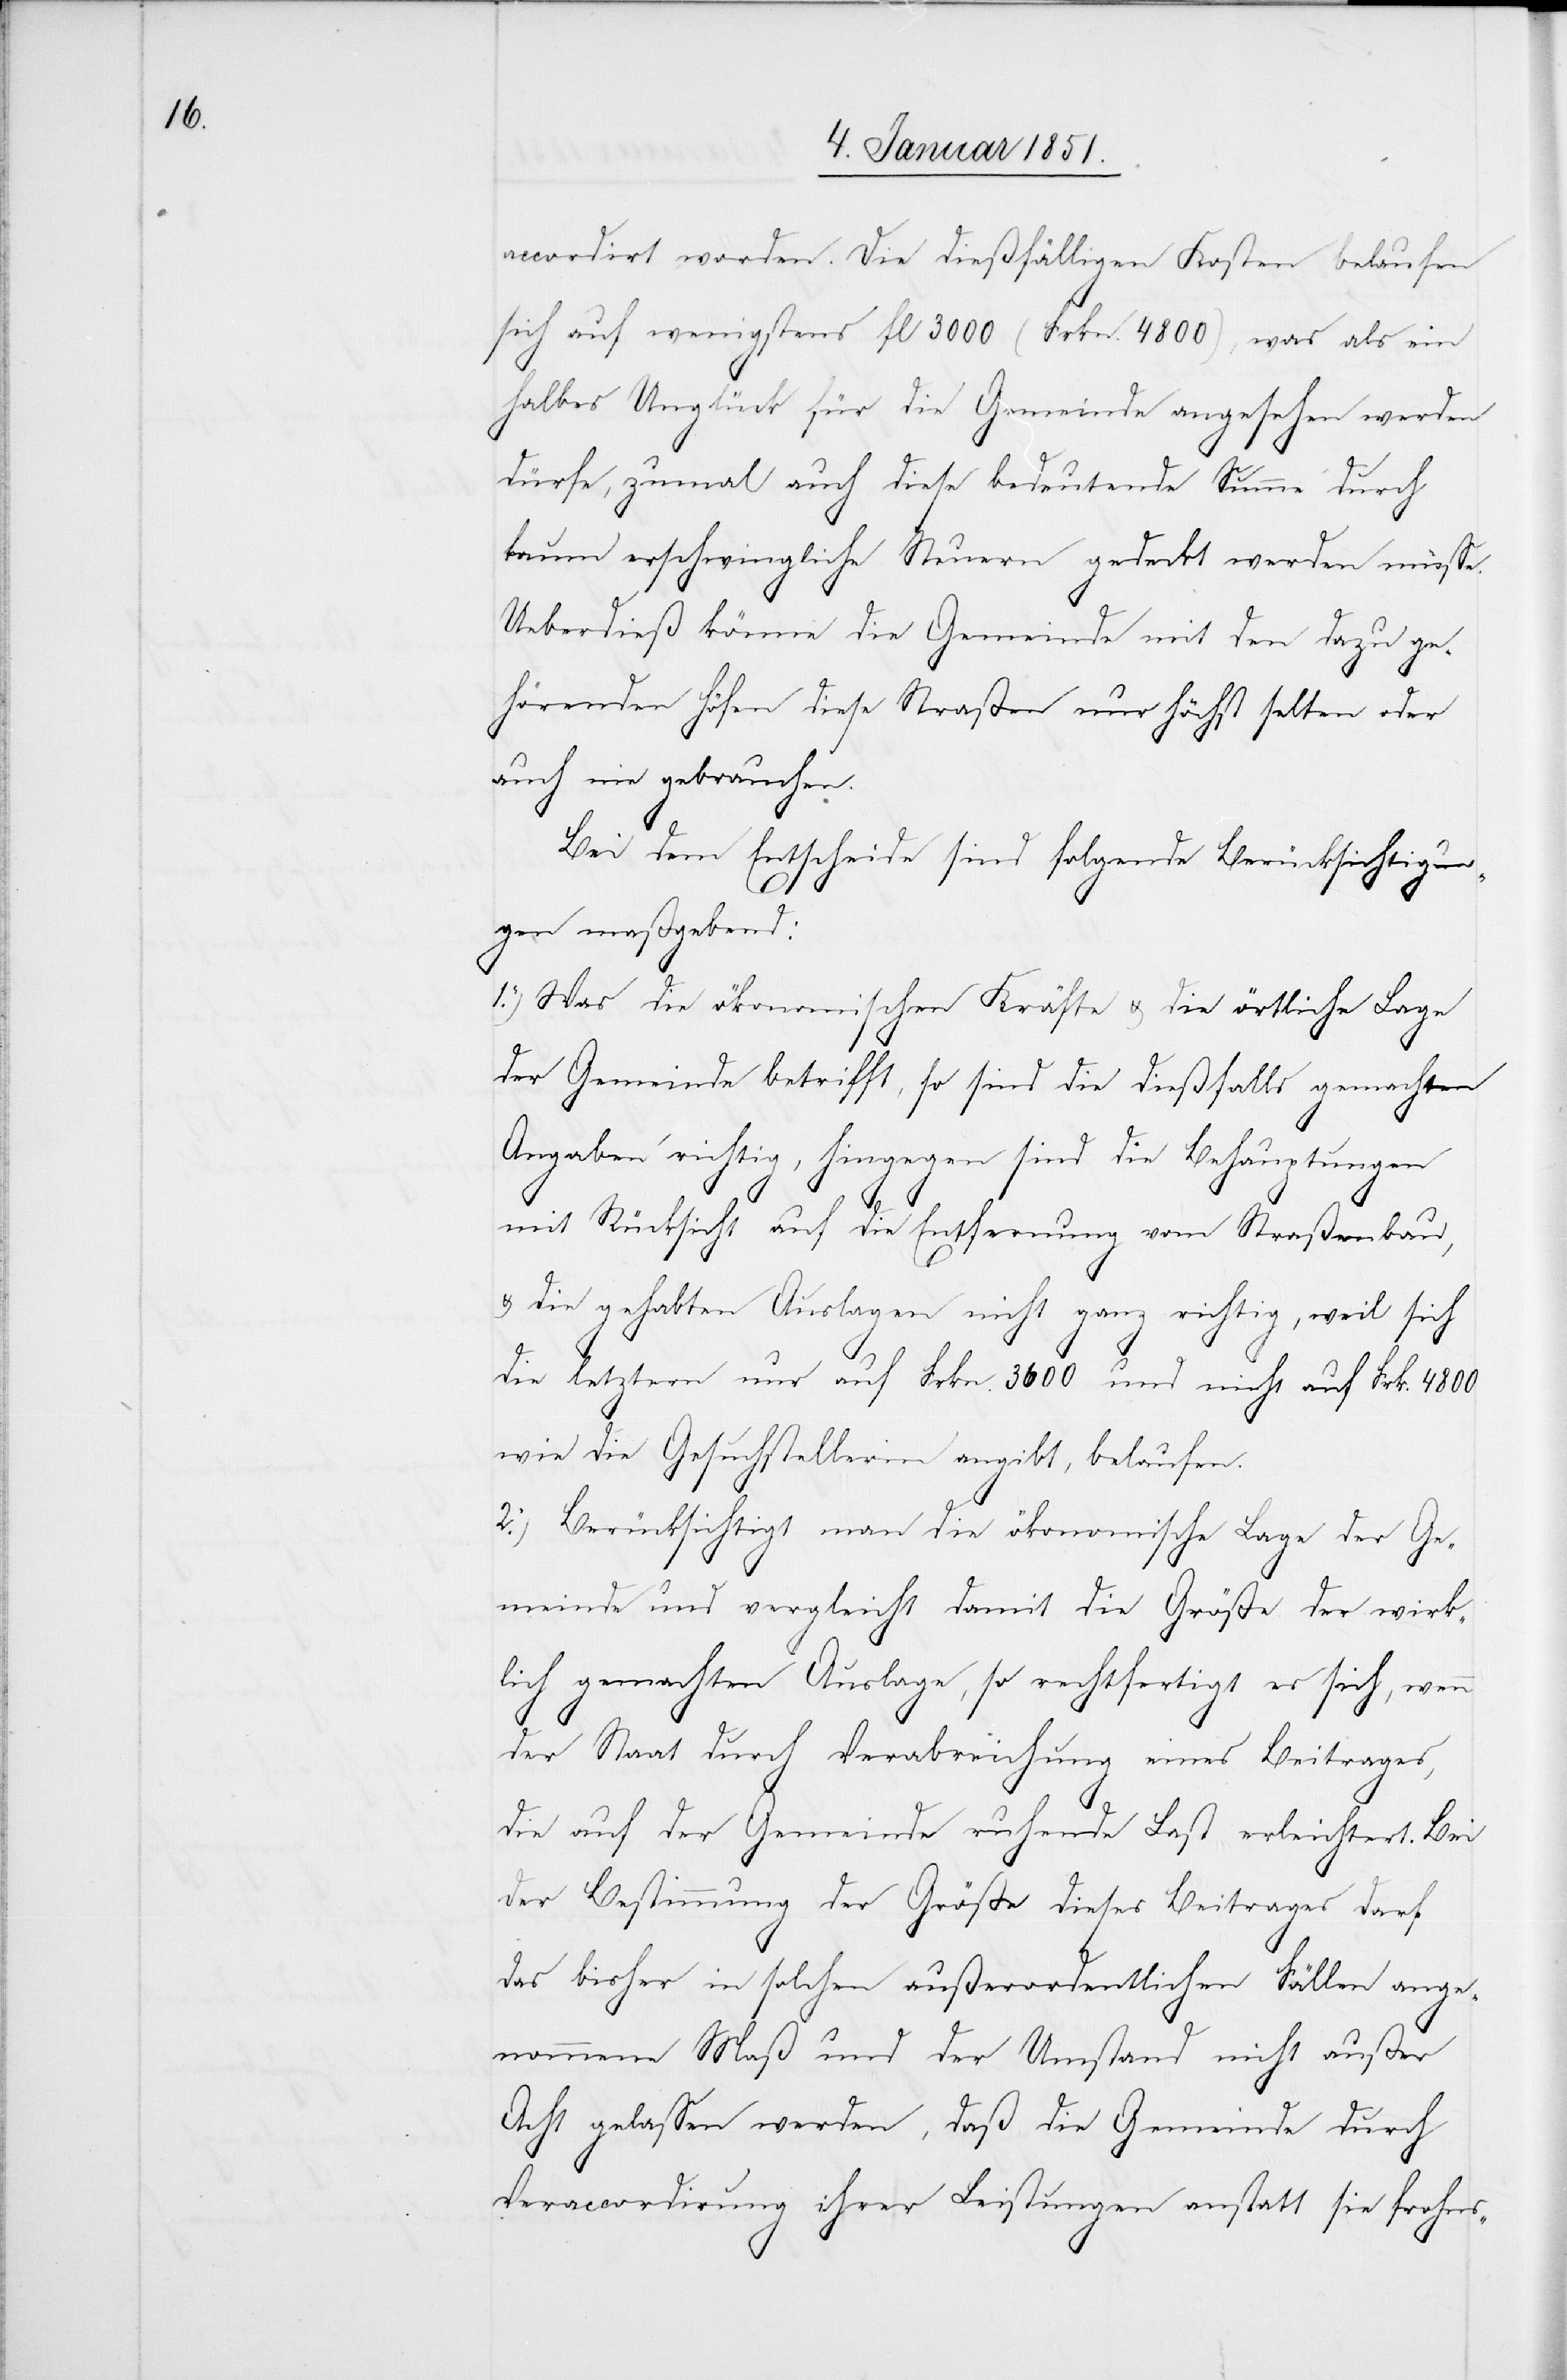
accordirt worden. Die dießfälligen Kosten belaufen
sich auf wenigstens fl. 3000 (Frkn. 4800), was als ein
halbes Unglück für die Gemeinde angesehen werden
dürfe, zumal auch diese bedeutende Summe durch
kaum erschwingliche Steuern gedeckt werden müsse.
Ueberdieß könne die Gemeinde mit den dazu ge¬
hörenden Höfen diese Straßen nur höchst selten oder
auch nie gebrauchen.
Bei dem Entscheide sind folgende Berücksichtigun¬
gen maßgebend:
1.) Was die ökonomischen Kräfte u. die örtliche Lage
der Gemeinde betrifft, so sind die dießfalls gemachten
Angaben richtig, hingegen sind die Behauptungen
mit Rücksicht auf die Entfernung vom Straßenbau,
u. die gehabten Auslagen nicht ganz richtig, weil sich
die letztern nur auf Frkn. 3600 und nicht auf Frk. 4800
wie die Gesuchstellerin angibt, belaufen.
2.) Berücksichtigt man die ökonomische Lage der Ge¬
meinde und vergleicht damit die Größe der wirk¬
lich gemachten Auslage, so rechtfertigt es sich, wenn
der Staat durch Verabreichung eines Beitrages,
die auf der Gemeinde ruhende Last erleichtert. Bei
der Bestimmung der Größe dieses Beitrages darf
das bisher in solchen außerordentlichen Fällen ange¬
nommene Maß und der Umstand nicht außer
Acht gelassen werden, daß die Gemeinde durch
Veraccordirung ihrer Leistungen anstatt sie frohns-